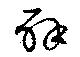
辟